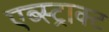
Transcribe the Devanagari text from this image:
एब्स्ट्राक्ट